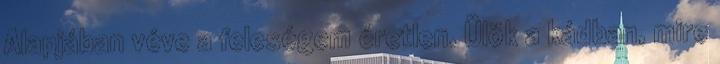
Alapjában véve a feleségem éretlen. Ülök a kádban, mire